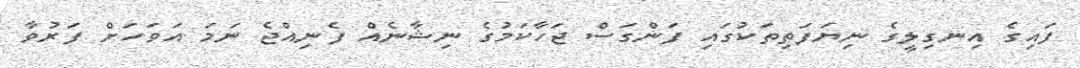
ފައިގެ އިނގިލީގެ ނިޔަފަތިތަކުގައި ފަންގަސް ޖަހާކަމުގެ ނިޝާނެއް ފެނިއްޖެ ނަމަ އަވަހަށް ފަރުވާ